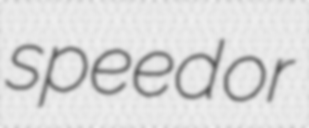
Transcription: speed or